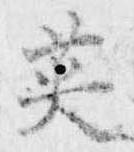
英